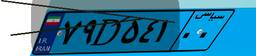
۷۹D۵۴۱۰۰